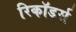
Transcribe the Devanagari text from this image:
रिकॉड्‌र्स